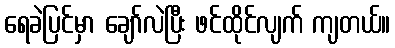
ရေခဲပြင်မှာ ချော်လဲပြီး ဖင်ထိုင်လျက် ကျတယ်။